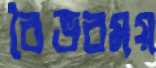
বৈভবময়